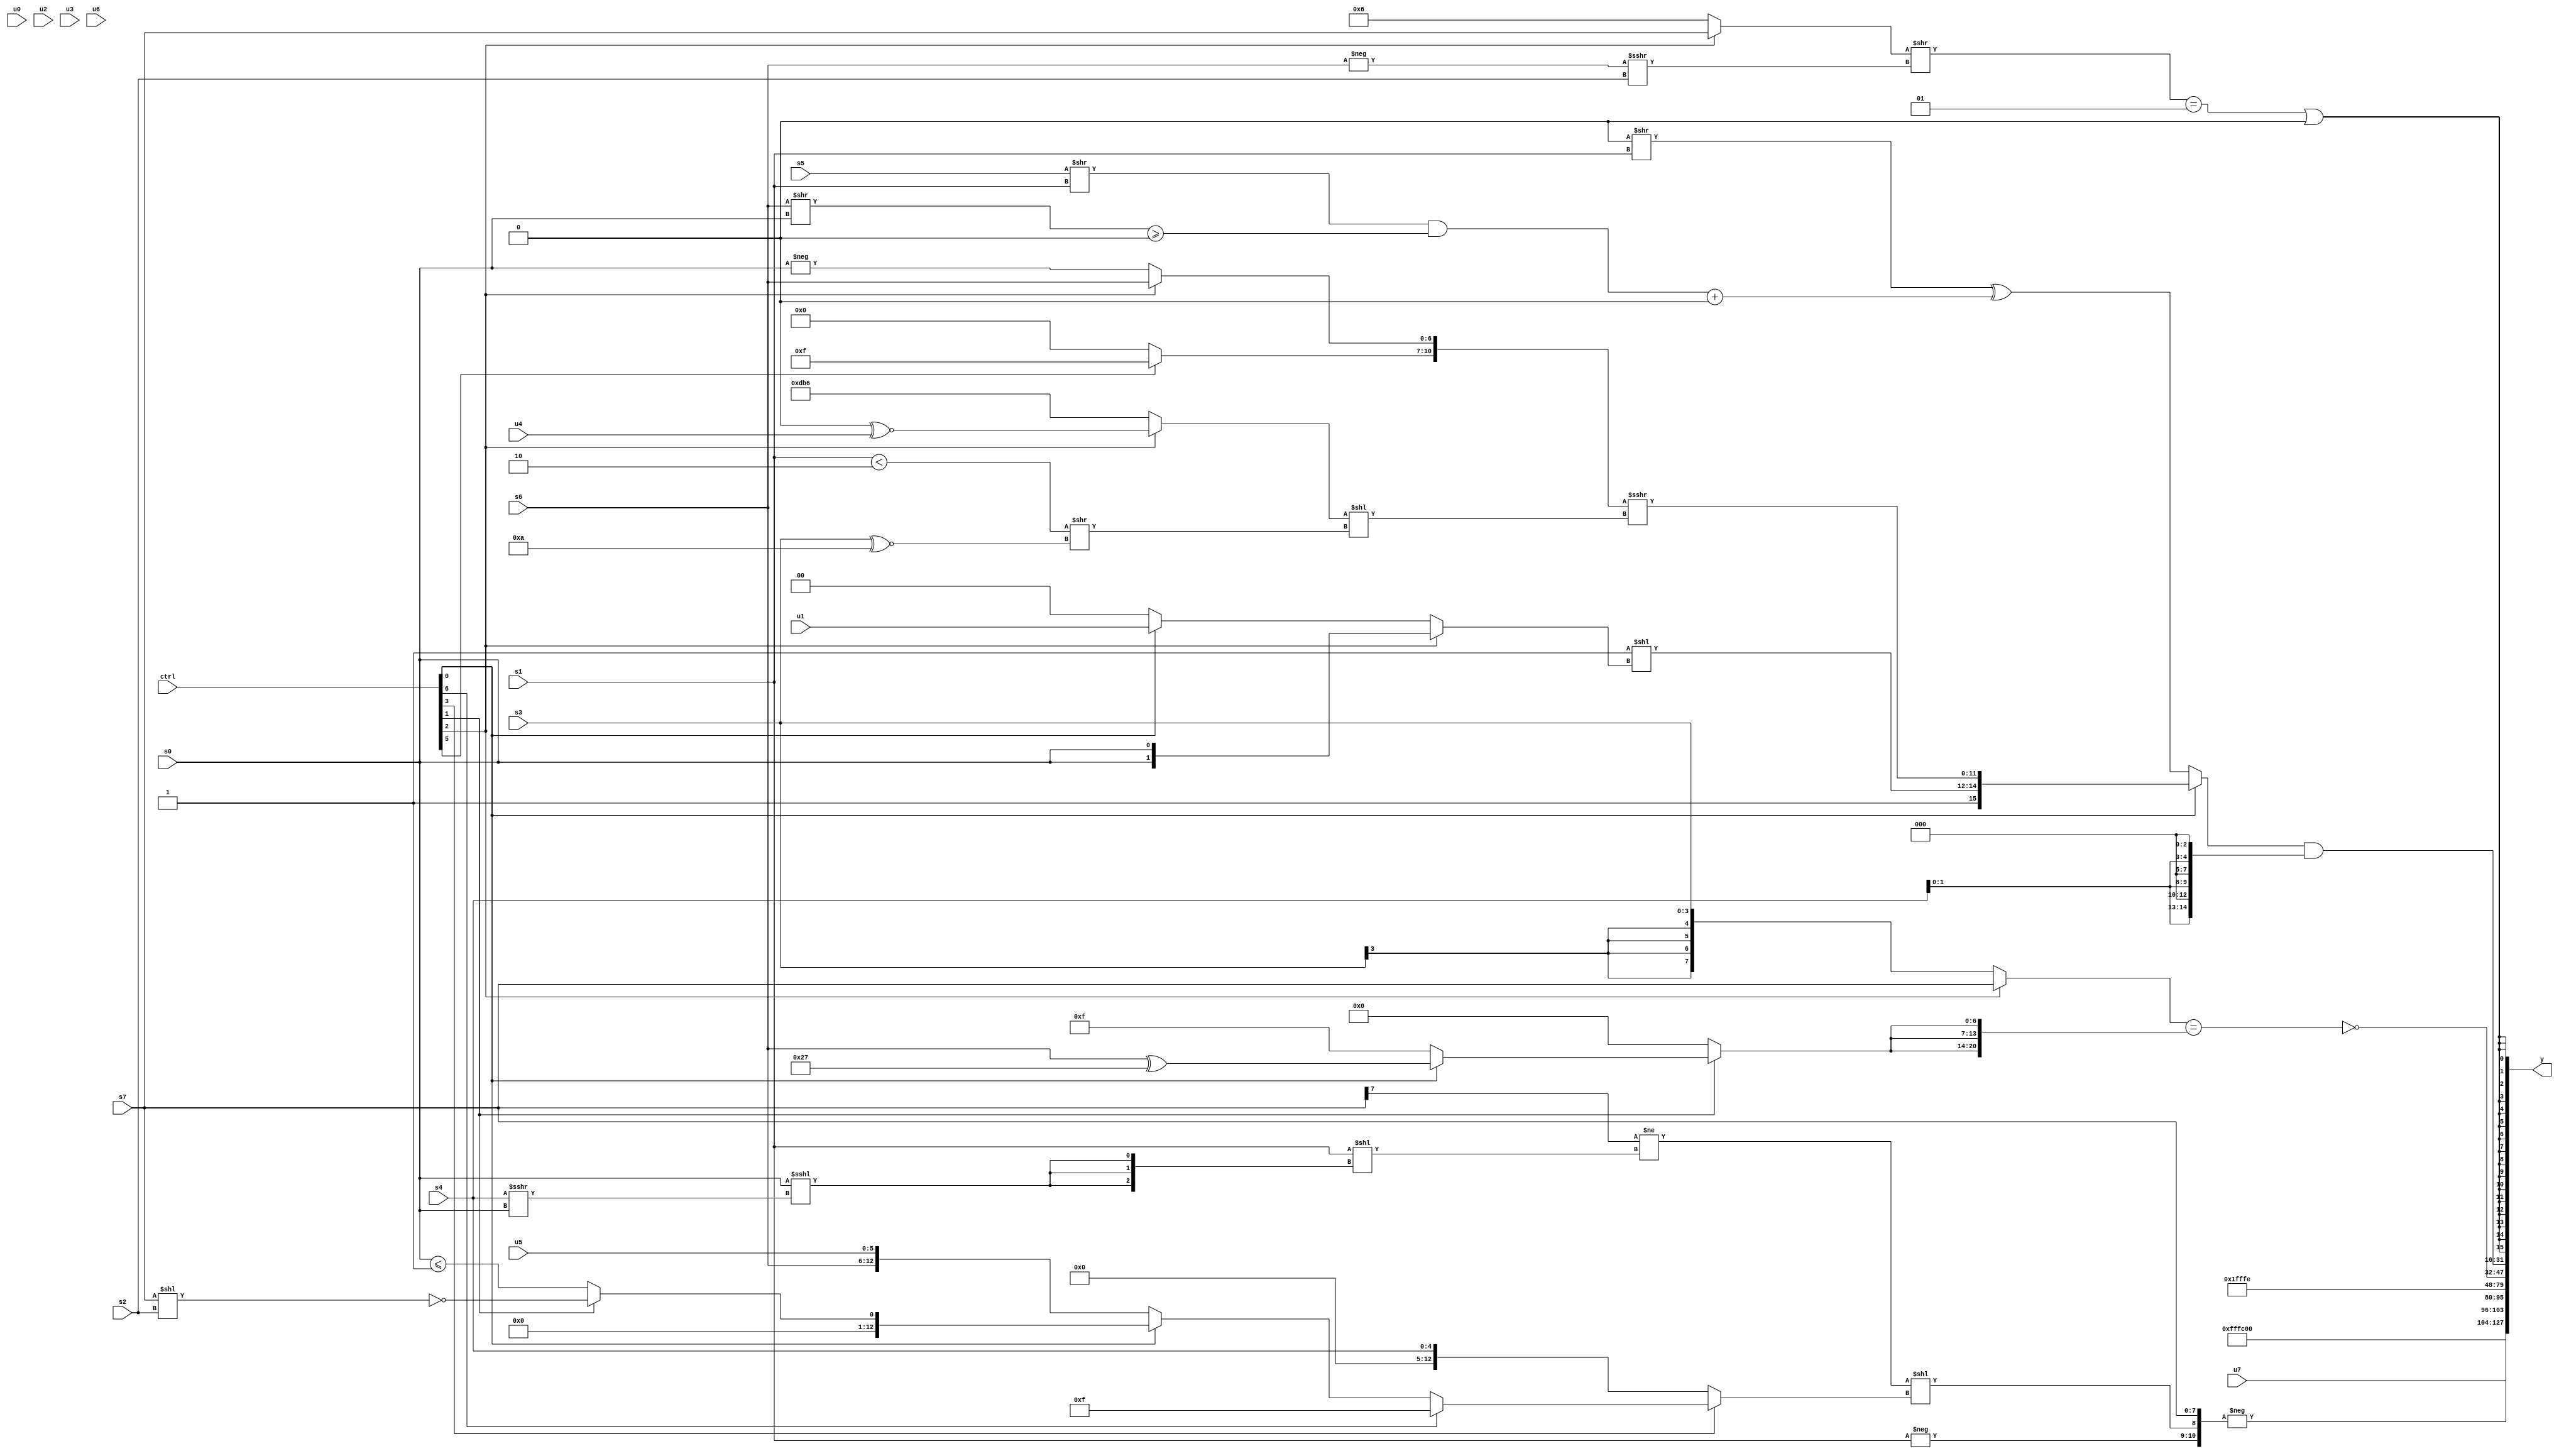
module wideexpr_00924(ctrl, u0, u1, u2, u3, u4, u5, u6, u7, s0, s1, s2, s3, s4, s5, s6, s7, y);
  input [7:0] ctrl;
  input [0:0] u0;
  input [1:0] u1;
  input [2:0] u2;
  input [3:0] u3;
  input [4:0] u4;
  input [5:0] u5;
  input [6:0] u6;
  input [7:0] u7;
  input signed [0:0] s0;
  input signed [1:0] s1;
  input signed [2:0] s2;
  input signed [3:0] s3;
  input signed [4:0] s4;
  input signed [5:0] s5;
  input signed [6:0] s6;
  input signed [7:0] s7;
  output [127:0] y;
  wire [15:0] y0;
  wire [15:0] y1;
  wire [15:0] y2;
  wire [15:0] y3;
  wire [15:0] y4;
  wire [15:0] y5;
  wire [15:0] y6;
  wire [15:0] y7;
  assign y = {y0,y1,y2,y3,y4,y5,y6,y7};
  assign y0 = 4'sb1100;
  assign y1 = {$signed(u7)};
  assign y2 = -({$signed(-($signed(s1))),(((s7)>>>($signed({4{5'sb10110}})))!=((s1)<<({3{(s0)<<<((s4)>>>($signed(s0)))}})))<<((ctrl[3]?(ctrl[6]?4'sb1111:(ctrl[0]?(ctrl[1]?!((s7)<<(s2)):($unsigned(s0))<=(^(3'sb010))):{1{{$signed(s6),u5}}})):s4)),s7});
  assign y3 = ~&((({2{$signed(({1{$signed((3'b011)>>(1'sb0))}})!=(({2{+(s2)}})>>({~|(u3),$signed(4'sb1000),(3'sb010)<<(s2),(s0)<<(u1)})))}})>>>(~&(2'b10)))<<(2'sb00));
  assign y4 = 2'sb10;
  assign y5 = ~(({($signed((ctrl[2]?s7:s3)))<<<((3'sb100)>(4'sb0110))})==($signed({3{(ctrl[1]?(ctrl[0]?(s6)^((6'sb101110)+(4'sb1001)):($signed($signed(2'sb01)))^~((+(3'sb000))^(5'sb10001))):$signed(1'sb0))}})));
  assign y6 = ((ctrl[0]?{6'sb001110,1'sb1,($signed($signed(3'b111)))<<((ctrl[2]?$unsigned({2{s0}}):(ctrl[0]?u1:({3'sb111,s6,3'sb011,1'b1})<<<(-(6'b100110))))),$signed(({(ctrl[5]?-(5'b10001):(2'sb00)-(5'sb00000)),(ctrl[2]?$signed(s6):-(s0))})>>>(((ctrl[2]?(3'b000)^~(u4):{4{3'sb110}}))<<(((s1)<(3'sb110))>>((s3)^~(4'sb1010)))))}:(({4{2'b00}})>>(s1))^(((($signed(s5))>>(s1))&(($signed((s6)>>(s0)))>=(+({4{2'sb00}}))))+(1'b0))))&({4{(s4)<<<(3'sb011)}});
  assign y7 = +(($signed((((ctrl[2]?$signed(s7):$signed(4'sb0110)))>>((-(s6))>>>(s2)))==(2'sb01)))|(1'sb0));
endmodule